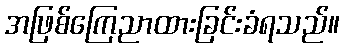
အဖြစ်ကြေညာထားခြင်းခံရသည်။